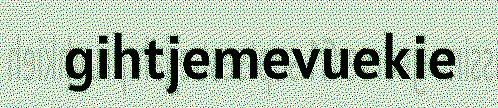
gihtjemevuekie